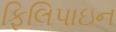
ફિલિપાઇન